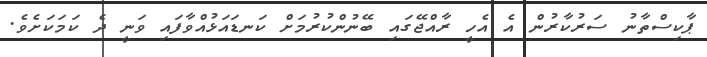
ޕާކިސްތާނު ސަރުކާރުން އެ އެހީ ރާއްޖޭގައި ބޭނުންކުރުމަށް ކަނޑައަޅުއްވާފައި ވަނީ ދެ ކަމަކަށެވެ.